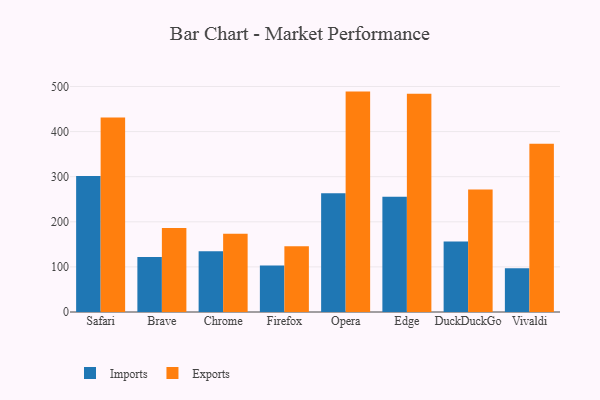
{"axis": {"x": "Browser", "y": "Satisfaction Score"}, "legend": ["Exports", "Imports"], "data": [{"x": "Safari", "y": 301.3, "type": "Imports"}, {"x": "Safari", "y": 431.0, "type": "Exports"}, {"x": "Brave", "y": 121.9, "type": "Imports"}, {"x": "Brave", "y": 186.5, "type": "Exports"}, {"x": "Chrome", "y": 134.5, "type": "Imports"}, {"x": "Chrome", "y": 173.5, "type": "Exports"}, {"x": "Firefox", "y": 103.2, "type": "Imports"}, {"x": "Firefox", "y": 145.8, "type": "Exports"}, {"x": "Opera", "y": 263.3, "type": "Imports"}, {"x": "Opera", "y": 488.7, "type": "Exports"}, {"x": "Edge", "y": 255.4, "type": "Imports"}, {"x": "Edge", "y": 483.9, "type": "Exports"}, {"x": "DuckDuckGo", "y": 156.2, "type": "Imports"}, {"x": "DuckDuckGo", "y": 271.4, "type": "Exports"}, {"x": "Vivaldi", "y": 97.1, "type": "Imports"}, {"x": "Vivaldi", "y": 372.8, "type": "Exports"}]}